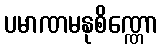
ပမာဏမနုစိဏ္ဏော